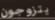
يتزوجون